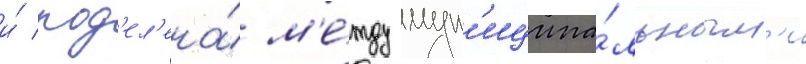
и́ под'ел'ена́ м'е́жду мун'иципа́льным'и